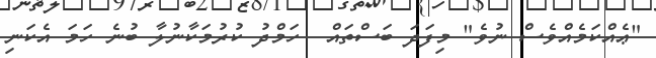
"ޢެއްކަމެއްވެސް ނުވެ" މިފަދަ ބަސްތައް  ހަމްދު ކުރުމަކާނުލާ ބުނެ ހަަމަ އެކަނި